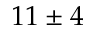
1 1 \pm 4